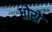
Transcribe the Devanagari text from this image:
धोरो